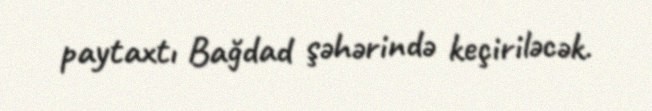
paytaxtı Bağdad şəhərində keçiriləcək.